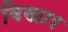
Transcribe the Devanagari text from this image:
विखार